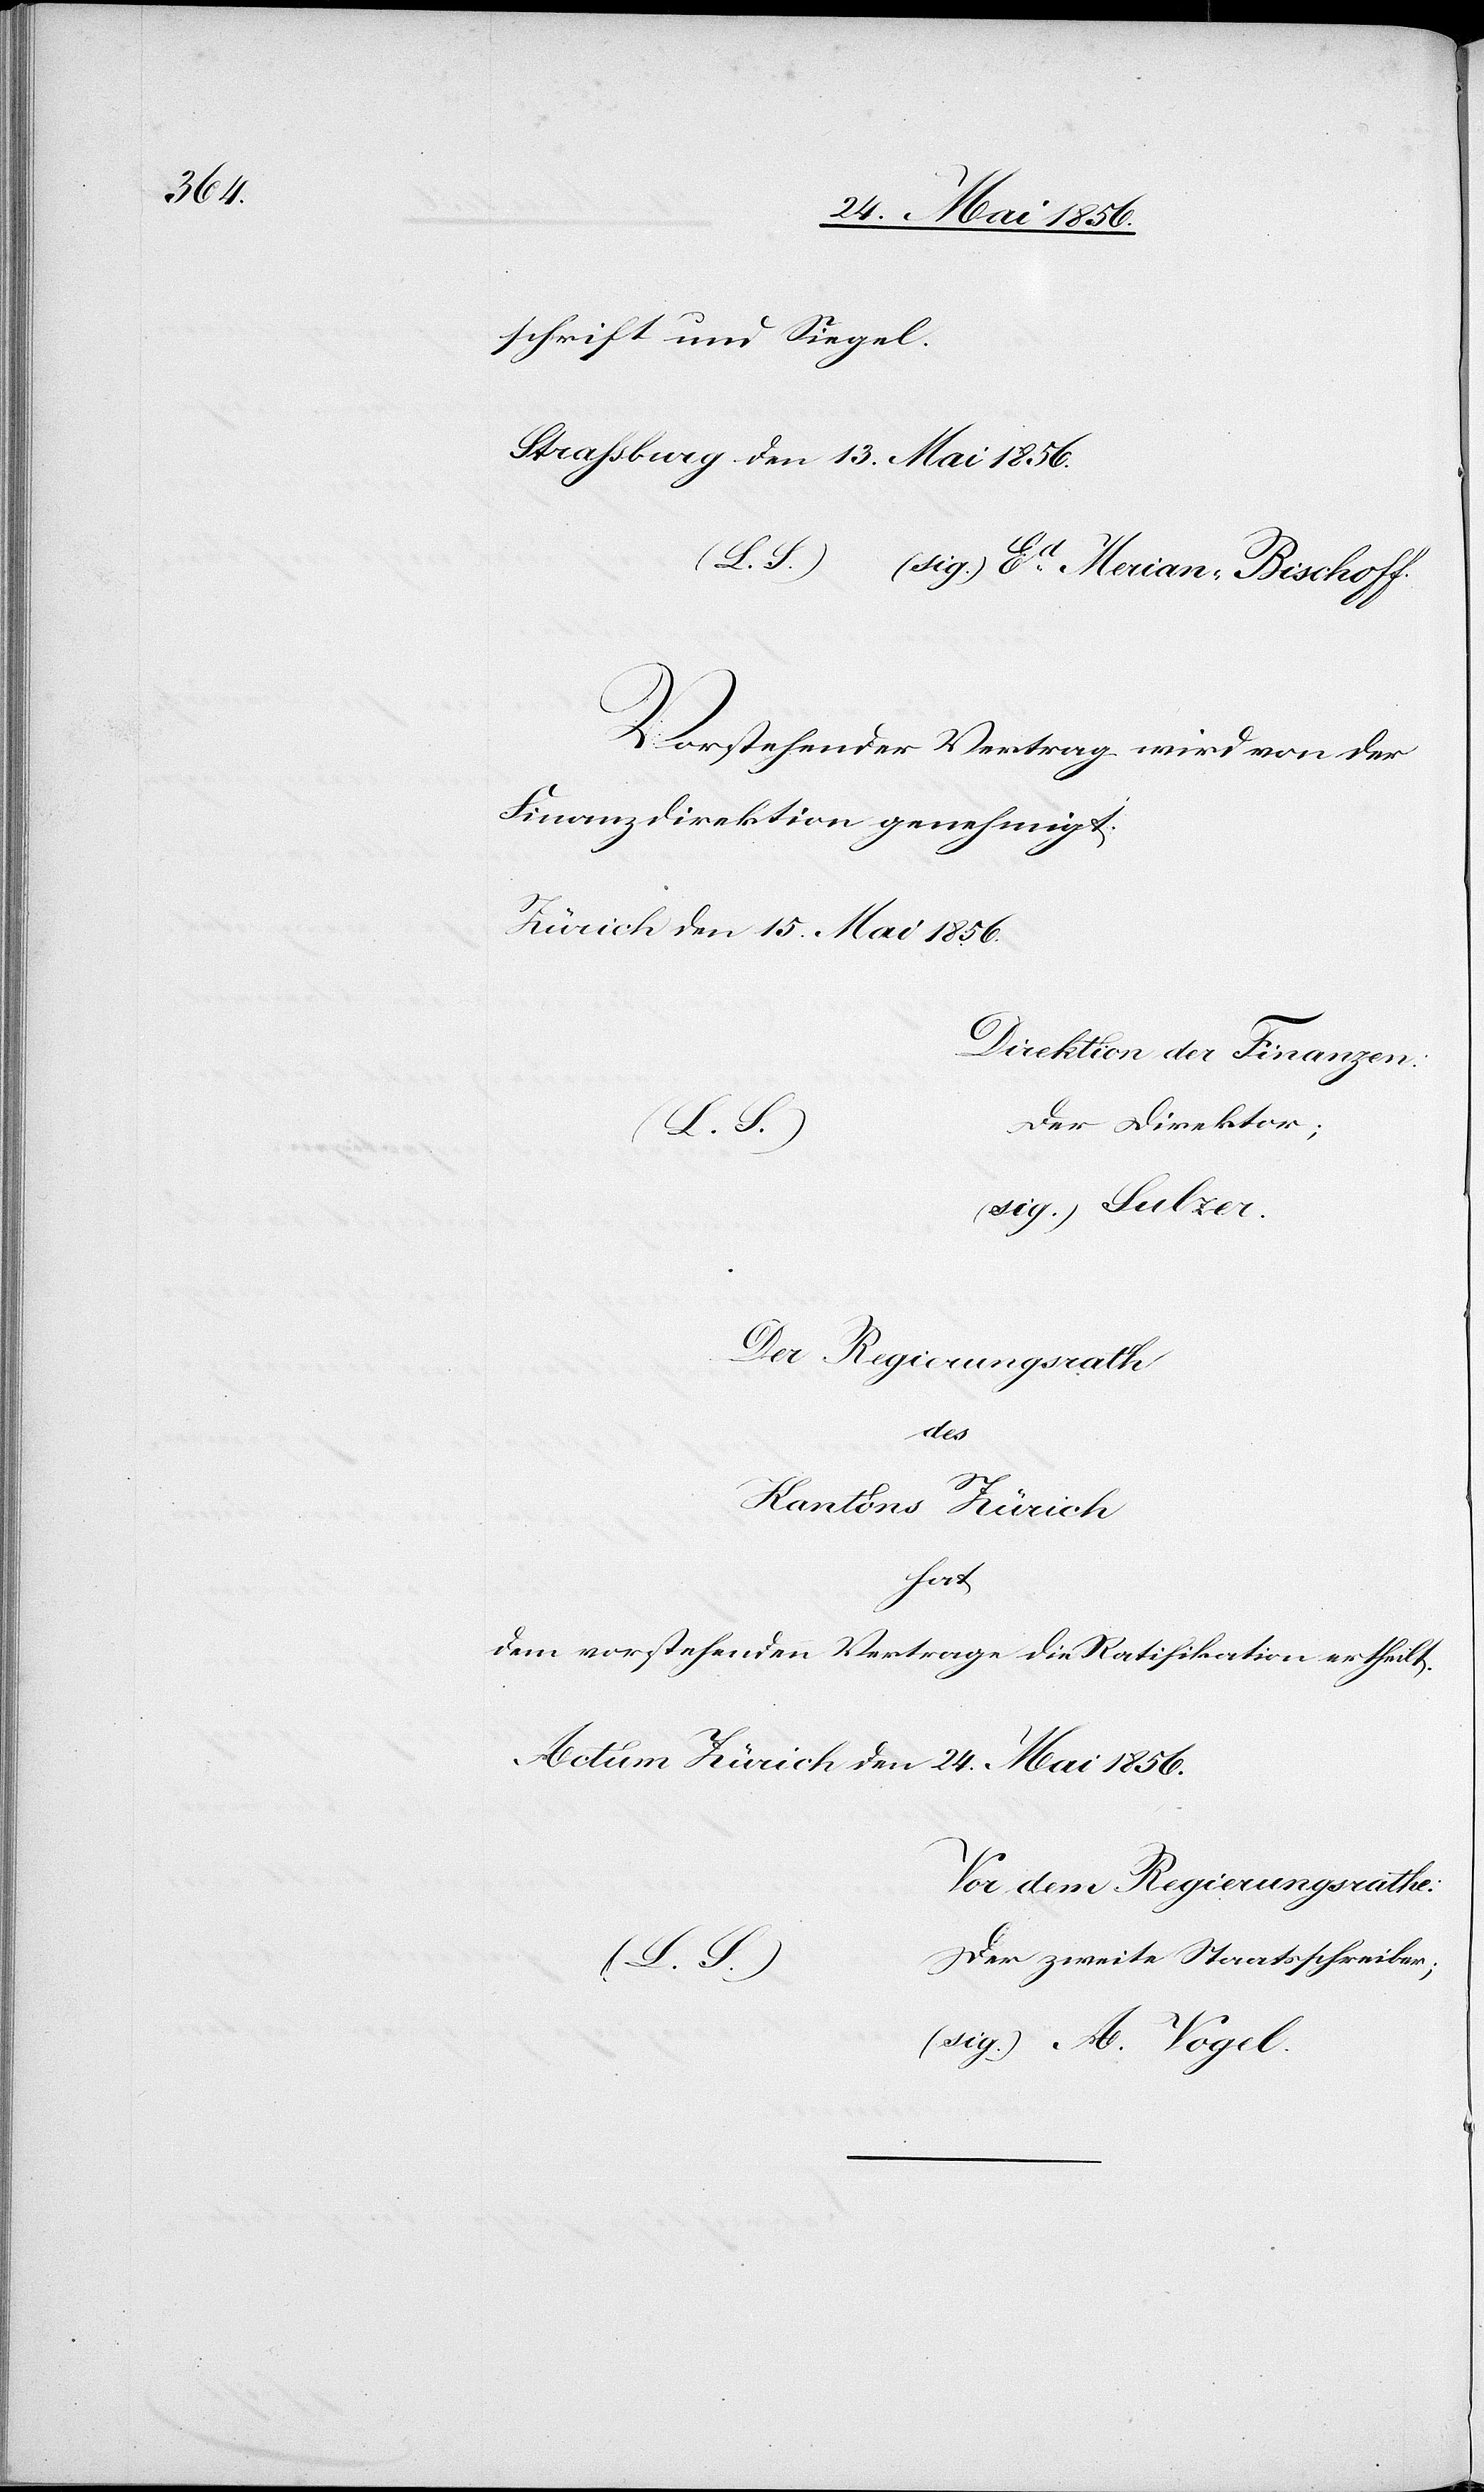
schrift und Siegel.
Straßburg den 13. Mai 1856.
Vorstehender Vertrag wird von der
Finanzdirektion genehmigt.
Zürich den 15. Mai 1856.
Direktion der Finanzen:
(sig.) Sulzer.
Der Regierungsrath
des
Kantons Zürich
hat
dem vorstehenden Vertrage die Ratifikation ertheilt.
Actum Zürich den 24. Mai 1856.
Vor dem Regierungsrath:
er zweite Staatsschreiber;
(L. S.)			d¬
(sig.) A. Vogel.